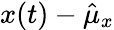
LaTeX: x(t)-\hat{\mu}_{x}